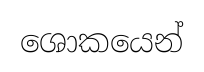
ශොකයෙන්